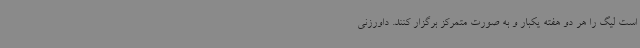
است لیگ را هر دو هفته یکبار و به صورت متمرکز برگزار کنند. داورزنی